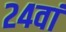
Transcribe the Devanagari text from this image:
२४वां